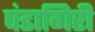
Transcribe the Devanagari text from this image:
पंडागिरी